Report of the Hyderabad Chloroform Commission
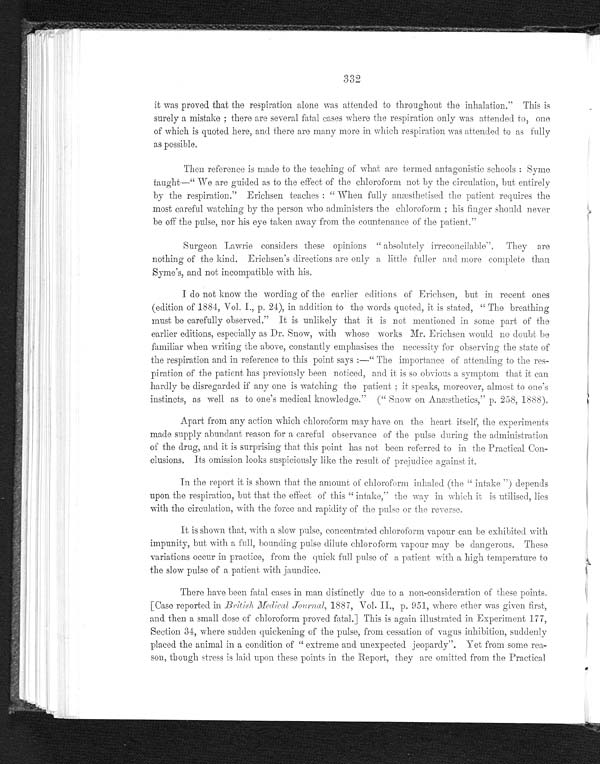
332
it was proved that the respiration alone was attended to throughout the inhalation." This is
surely a mistake; there are several fatal cases where the respiration only was attended to, one
of which is quoted here, and there are many more in which respiration was attended to as fully
as possible.
Then reference is made to the teaching of what are termed antagonistic schools: Syme
taught—"We are guided as to the effect of the chloroform not by the circulation, but entirely
by the respiration." Erichsen teaches: "When fully anæsthetised the patient requires the
most careful watching by the person who administers the chloroform; his finger should never
be off the pulse, nor his eye taken away from the countenance of the patient."
Surgeon Lawrie considers these opinions "absolutely irreconcilable". They are
nothing of the kind. Erichsen's directions are only a little fuller and more complete than
Syme's, and not incompatible with his.
I do not know the wording of the earlier editions of Erichsen, but in recent ones
(edition of 1884, Vol. I., p. 24), in addition to the words quoted, it is stated, "The breathing
must be carefully observed." It is unlikely that it is not mentioned in some part of the
earlier editions, especially as Dr. Snow, with whose works Mr. Erichsen would no doubt be
familiar when writing the above, constantly emphasises the necessity for observing the state of
the respiration and in reference to this point says:—"The importance of attending to the res-
- p i r a t i o n o f t h e p a t i e n t h a s p r e v i o u s l y b e e n n o t i c e d , a n d i t i s s o o b v i o u s a s y m p t o m t h a t i t c a n
hardly be disregarded if any one is watching the patient; it speaks, moreover, almost to one's
instincts, as well as to one's medical knowledge." ("Snow on Anæsthetics," p. 258, 1888).
Apart from any action which chloroform may have on the heart itself, the experiments
made supply abundant reason for a careful observance of the pulse during the administration
of the drug, and it is surprising that this point has not been referred to in the Practical Con-
- c l u s i o n s . I t s o m i s s i o n l o o k s s u s p i c i o u s l y l i k e t h e r e s u l t o f p r e j u d i c e a g a i n s t i t .
In the report it is shown that the amount, of chloroform inhaled (the "intake") depends
upon the respiration, but that the effect of this ''intake," the way in which it is utilised, lies
with the circulation, with the force and rapidity of the pulse or the reverse.
It is shown that, with a slow pulse, concentrated chloroform vapour can be exhibited with
impunity, but with a full, bounding pulse, dilute chloroform vapour may be dangerous. These
variations occur in practice, from the quick full pulse of a patient with a high temperature to
the slow pulse of a patient with jaundice.
There have been fatal cases in man distinctly due to a non-consideration of these points.
[Case reported in British Medical Journal , 1887, Vol. II., p. 951, where ether was given first,
and then a small dose of chloroform proved fatal.] This is again illustrated in Experiment 177,
Section 34, where sudden quickening of the pulse, from cessation of vagus inhibition, suddenly
placed the animal in a condition of "extreme and unexpected jeopardy". Yet from some rea--
son, though stress is laid upon these points in the Report, they are omitted from the Practical